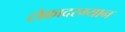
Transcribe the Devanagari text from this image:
टोकादरम्यान